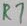
Text: R7